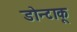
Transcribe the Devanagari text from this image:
डोन्टाकू